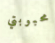
محبوبتي